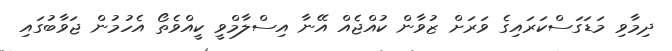
ދިމާވި މަޑަގަސްކަރައިގެ ވަރަށް ޒުވާން ކުއްޖެއް އޭނާ އިސްލާމްވީ ކީއްވެތޯ އެހުމުން ޖަވާބުގައި